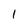
Character: 1